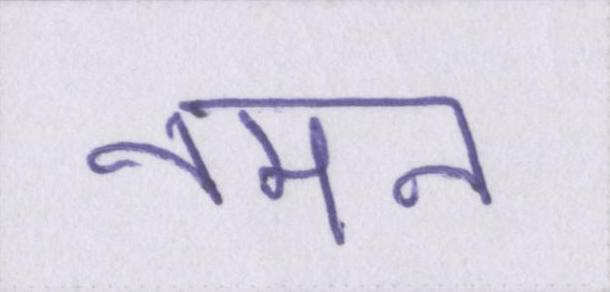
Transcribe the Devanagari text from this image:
नमन